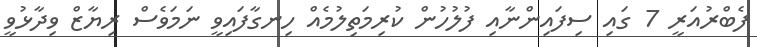
ފެބްރުއަރީ 7 ގައި ސިފައިންނާއި ފުލުހުން ކުރިމަތިލުމެއް ހިނގާފައިވީ ނަމަވެސް ރިޔާޒް ވިދާޅުވީ